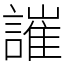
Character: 䜅